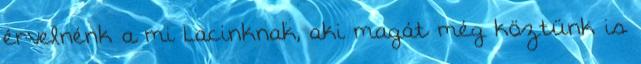
érvelnénk a mi Lacinknak, aki magát még köztünk is